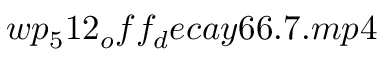
w p _ { 5 } 1 2 _ { o } f f _ { d } e c a y 6 6 . 7 . m p 4